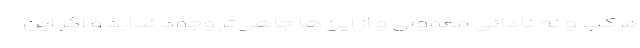
مرکّب و نه نادانیِ معمولی و از این‌ها جاهل‌تر وجود ندارد و اگر این